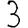
Digit: 3